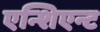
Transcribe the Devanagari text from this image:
एन्शिएन्ट